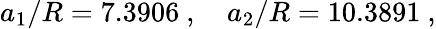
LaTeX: a_{1}/R=7.3906\ ,\quad a_{2}/R=10.3891\ ,